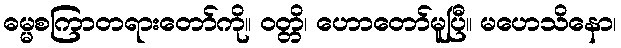
ဓမ္မစကြာတရားတော်ကို။ ဝတ္တိ၊ ဟောတော်မူပြီ။ မဟေသိနော၊